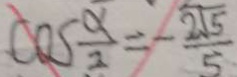
\cos \frac { \alpha } { 2 } = - \frac { 2 \sqrt { 5 } } { 5 }